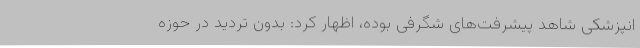
انپزشکی شاهد پیشرفت‌های شگرفی بوده، اظهار کرد: بدون تردید در حوزه